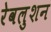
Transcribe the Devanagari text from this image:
रेवलुशन